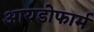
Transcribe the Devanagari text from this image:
आयडोफार्म